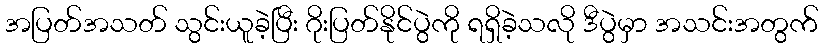
အပြတ်အသတ် သွင်းယူခဲ့ပြီး ဂိုးပြတ်နိုင်ပွဲကို ရရှိခဲ့သလို ဒီပွဲမှာ အသင်းအတွက်